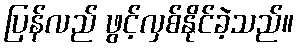
ပြန်လည် ဖွင့်လှစ်နိုင်ခဲ့သည်။